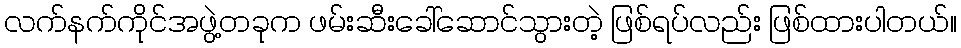
လက်နက်ကိုင်အဖွဲ့တခုက ဖမ်းဆီးခေါ်ဆောင်သွားတဲ့ ဖြစ်ရပ်လည်း ဖြစ်ထားပါတယ်။